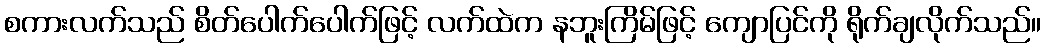
စကားလက်သည် စိတ်ပေါက်ပေါက်ဖြင့် လက်ထဲက နဘူးကြိမ်ဖြင့် ကျောပြင်ကို ရိုက်ချလိုက်သည်။